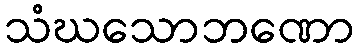
သံဃသောဘဏော